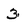
Character: 3